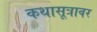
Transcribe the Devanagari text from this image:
कथासूत्रावर